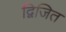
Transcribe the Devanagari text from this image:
द्विजित